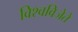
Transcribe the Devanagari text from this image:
विश्वविजेते